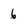
Character: 6